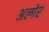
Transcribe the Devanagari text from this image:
अल्गेर